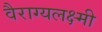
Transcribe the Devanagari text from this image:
वैराग्यलक्ष्मी